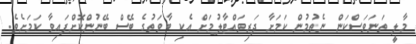
މާލީ ތަނަވަސްކަން ނެތުމުން ކަމަށާ ދަރިވައްޓާލުމަށް އެކި ބާވަތުގެ ބޭސް ބޭނުންކޮށްފައިވާ ކަމަށެވެ.